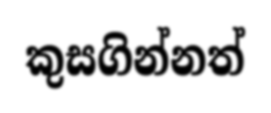
කුසගින්නත්